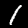
Label: 1